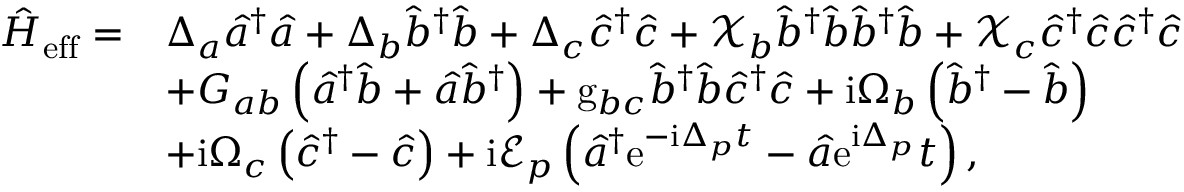
\begin{array} { r l } { \hat { H } _ { \mathrm { e f f } } = } & { \Delta _ { a } \hat { a } ^ { \dagger } \hat { a } + \Delta _ { b } \hat { b } ^ { \dagger } \hat { b } + \Delta _ { c } \hat { c } ^ { \dagger } \hat { c } + \mathcal { X } _ { b } \hat { b } ^ { \dagger } \hat { b } \hat { b } ^ { \dagger } \hat { b } + \mathcal { X } _ { c } \hat { c } ^ { \dagger } \hat { c } \hat { c } ^ { \dagger } \hat { c } } \\ & { + G _ { a b } \left( \hat { a } ^ { \dagger } \hat { b } + \hat { a } \hat { b } ^ { \dagger } \right) + \mathrm { g } _ { b c } \hat { b } ^ { \dagger } \hat { b } \hat { c } ^ { \dagger } \hat { c } + \mathrm { i } \Omega _ { b } \left( \hat { b } ^ { \dagger } - \hat { b } \right) } \\ & { + \mathrm { i } \Omega _ { c } \left( \hat { c } ^ { \dagger } - \hat { c } \right) + \mathrm { i } \mathcal { E } _ { p } \left( \hat { a } ^ { \dagger } \mathrm { e } ^ { - \mathrm { i } \Delta _ { p } t } - \hat { a } \mathrm { e } ^ { \mathrm { i } \Delta _ { p } } t \right) , } \end{array}